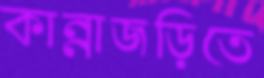
কান্নাজড়িতে